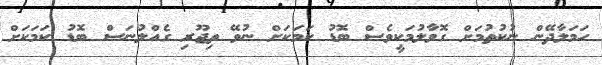
ހަމަލާދޭން ނުކުތުމަށް ގޮވާލުމަކީވެސް ބޮޑު ކަމަކަށް ނުވޭ ތިޖޫރި ގެއްލުނަސް ބޮޑު ކަމަކަށް